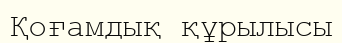
Қоғамдық құрылысы